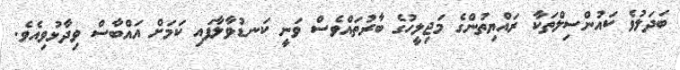
ބަދަލުވެ ކައުންސިލްތަކާ ރައްޔިތުންގެ މަޖިލީހުގެ ބާރުތައްވެސް ވަނީ ކަނޑުވާލާފައި ކަމަށް އައްބާސް ވިދާޅުވިއެވެ.